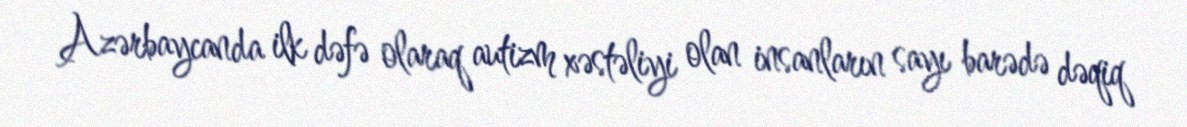
Azərbaycanda ilk dəfə olaraq autizm xəstəliyi olan insanların sayı barədə dəqiq